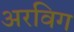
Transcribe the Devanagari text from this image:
अरविग